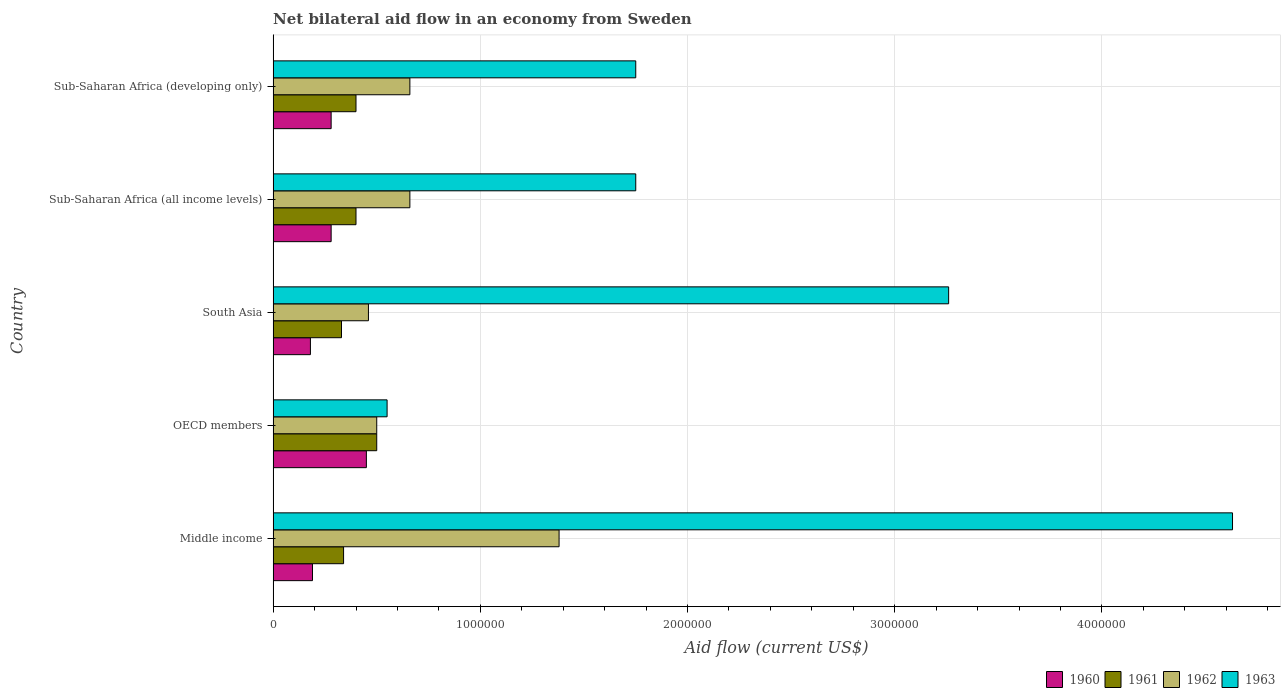
| Country | 1960 | 1961 | 1962 | 1963 |
 | --- | --- | --- | --- | --- |
 | Middle income | 1.9e+05 | 3.4e+05 | 1.38e+06 | 4.63e+06 |
 | OECD members | 4.5e+05 | 5e+05 | 5e+05 | 5.5e+05 |
 | South Asia | 1.8e+05 | 3.3e+05 | 4.6e+05 | 3.26e+06 |
 | Sub-Saharan Africa (all income levels) | 2.8e+05 | 4e+05 | 6.6e+05 | 1.75e+06 |
 | Sub-Saharan Africa (developing only) | 2.8e+05 | 4e+05 | 6.6e+05 | 1.75e+06 |